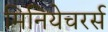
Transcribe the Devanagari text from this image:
मिनियेचरर्स